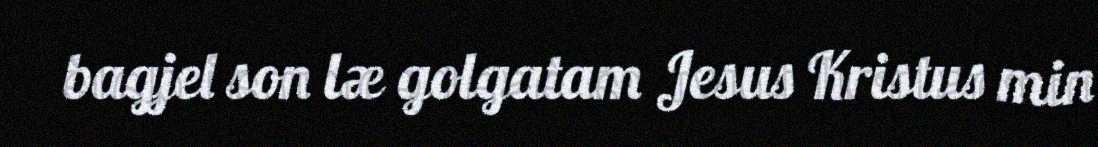
bagjel son læ golgatam Jesus Kristus min